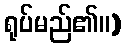
ရုပ်မည်၏။)